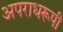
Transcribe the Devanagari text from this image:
अपराधरूपी